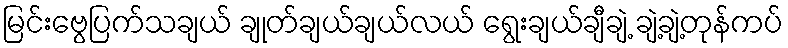
မြင်းဗွေပြက်သချယ် ချုတ်ချယ်ချယ်လယ် ရွေးချယ်ချီချဲ့ ချဲ့ချဲ့တုန်ကပ်